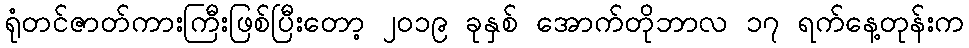
ရုံတင်ဇာတ်ကားကြီးဖြစ်ပြီးတော့ ၂၀၁၉ ခုနှစ် အောက်တိုဘာလ ၁၇ ရက်နေ့တုန်းက